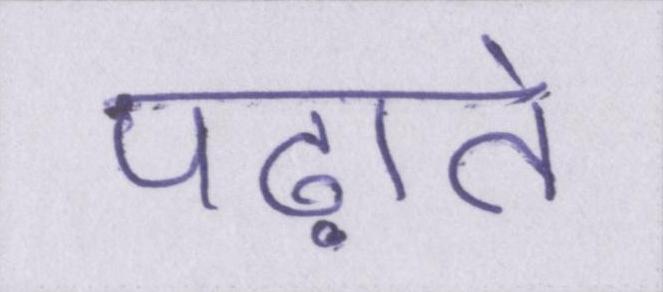
पढ़ाते